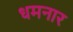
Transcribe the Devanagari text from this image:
धमनार